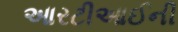
આરટીઆઈની